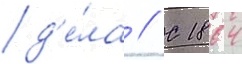
д'е́ла // С 1864